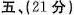
五、(21分)。